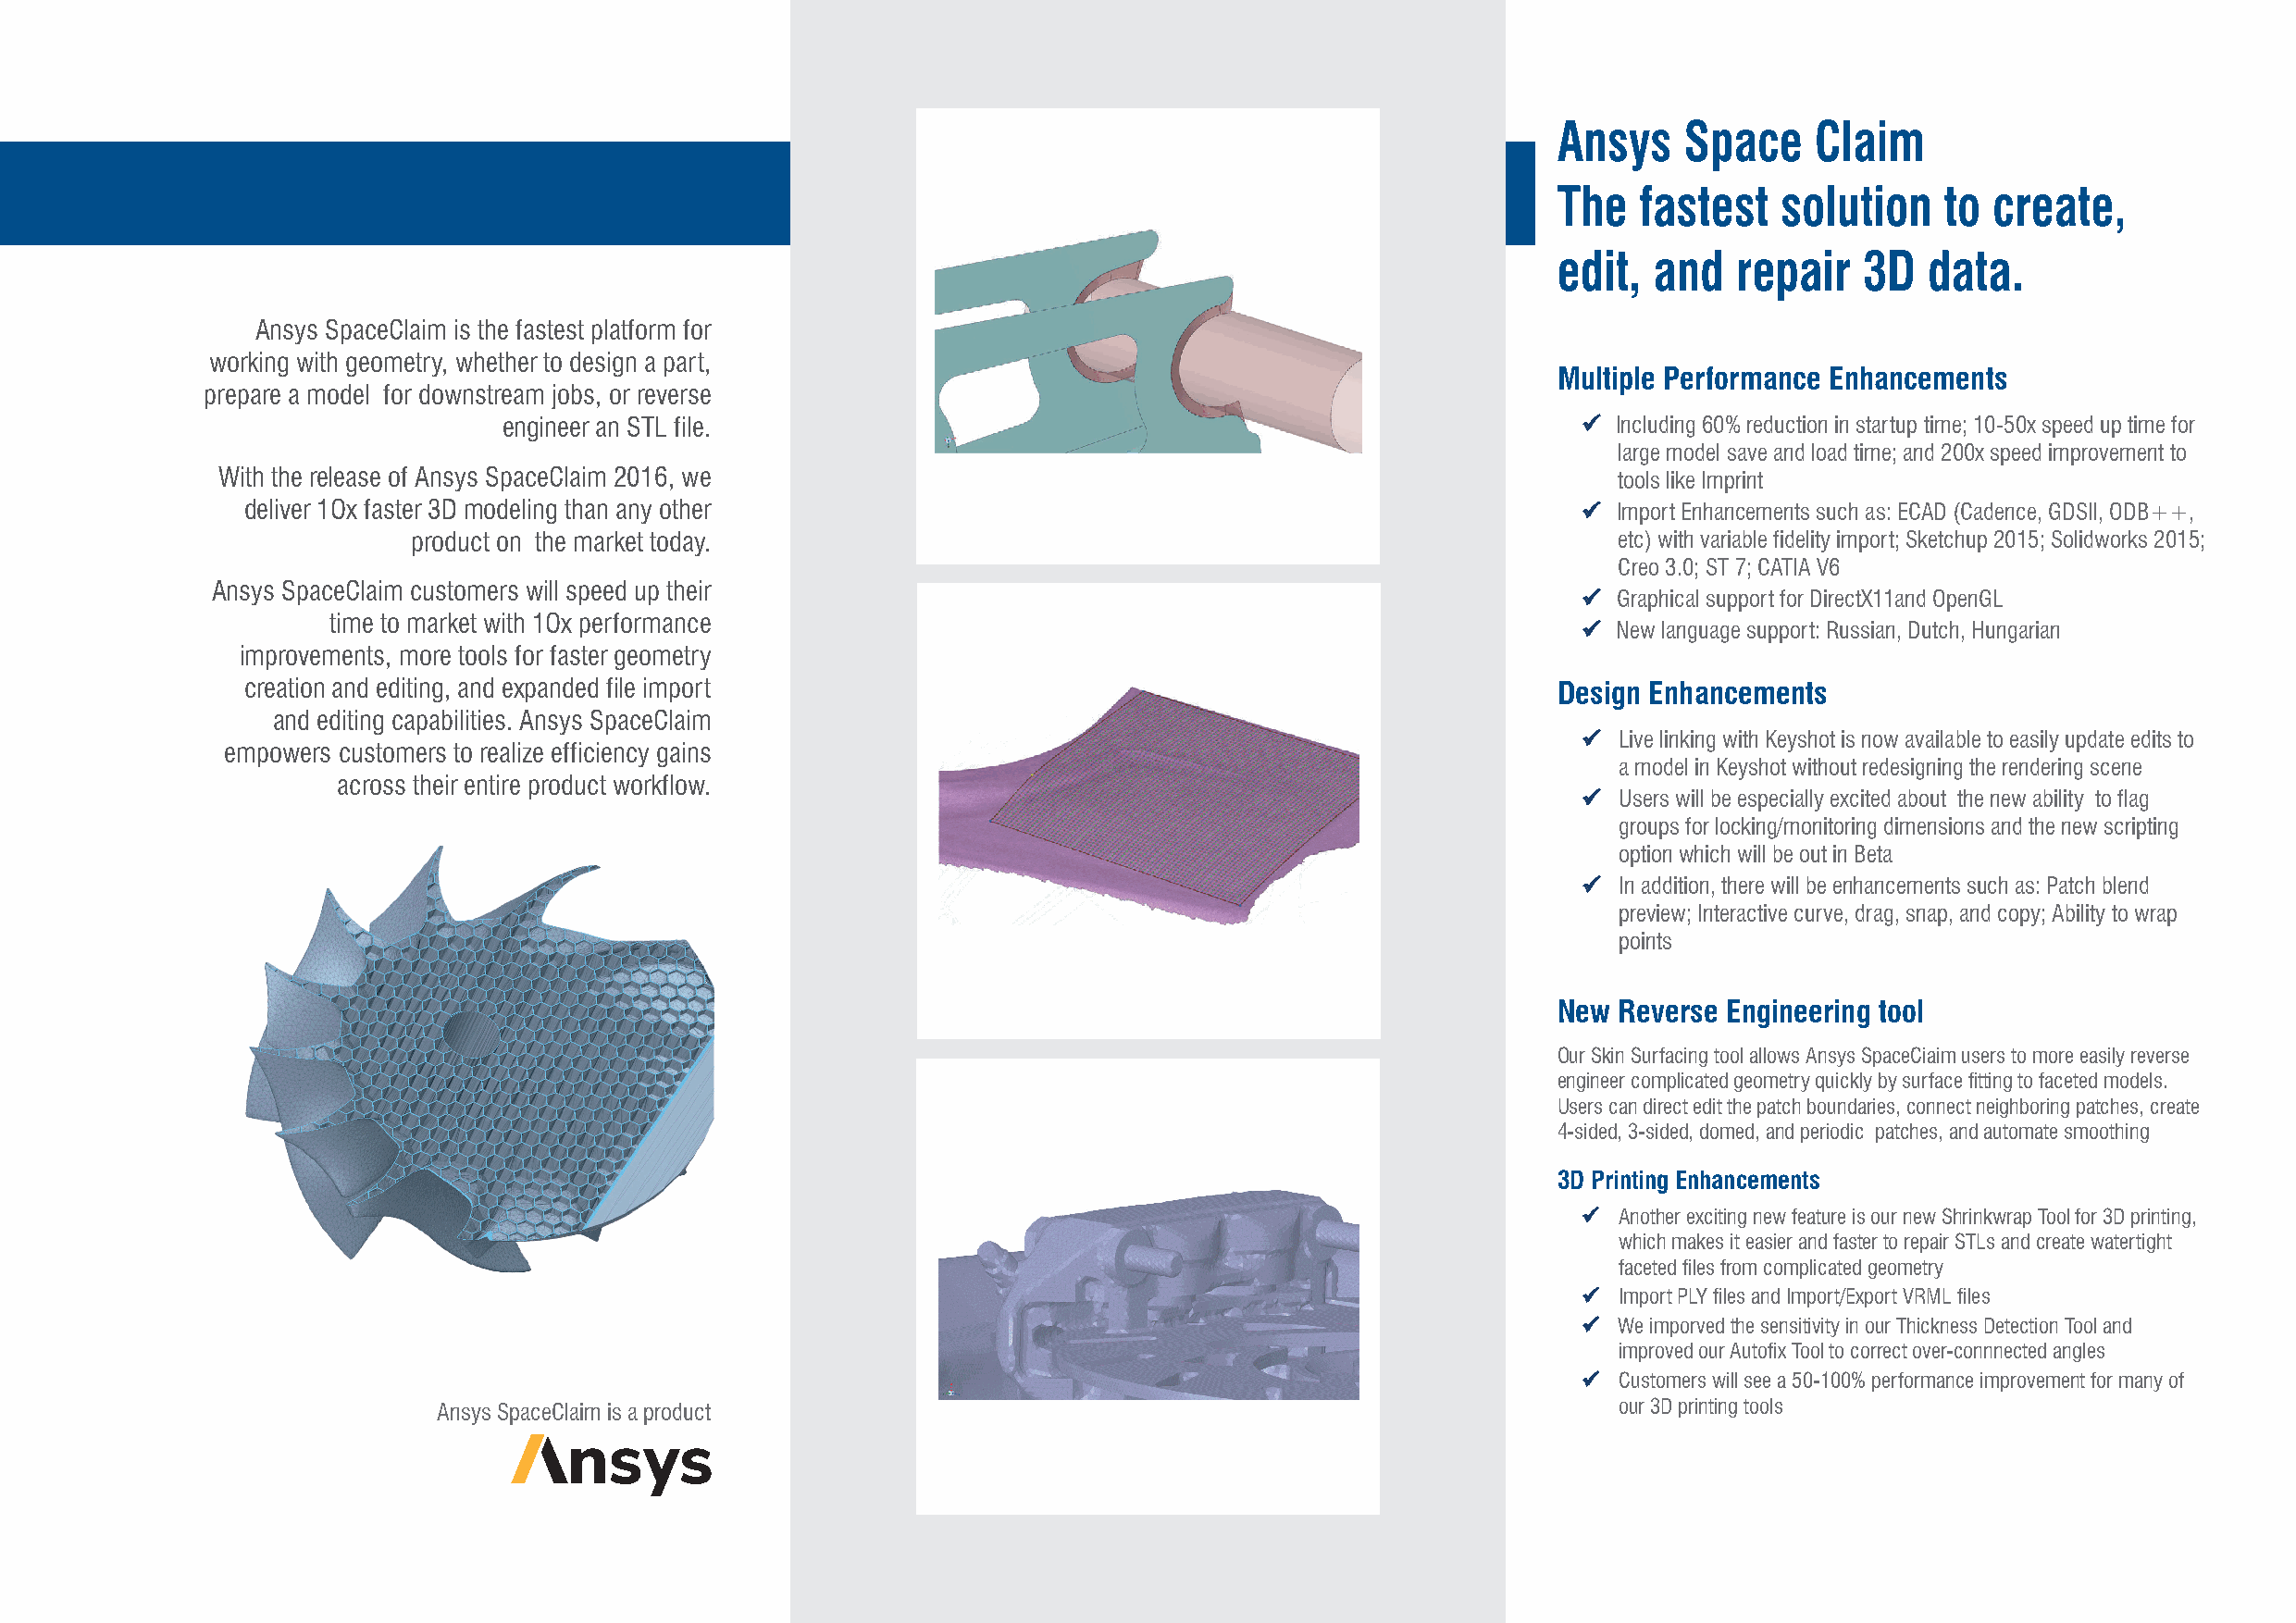
Ansys    Space     Claim
 The   fastest   solution    to  create,
 edit,  and   repair   3D   data.
 Ansys SpaceClaim is the fastest platform for
 working with geometry, whether to design a part,
 Multiple Performance Enhancements
 prepare a model for downstream jobs, or reverse
 engineer an STL file.                                                          lncluding 60% reduction in startup time; 10-50x speed up time for
 large model save and load time; and 200x speed improvement to
 With the release of Ansys SpaceClaim 2016, we                                                       tools like Imprint
 deliver 1Ox faster 3D modeling than any other                                                     Import Enhancements such as: ECAD (Cadence, GDSII, ODB++,
 product on the market today.                                                           etc) with variable fidelity import; Sketchup 2015; Solidworks 2015;
 Creo 3.0; ST 7; CATIA V6
 Ansys SpaceClaim customers will speed up their
   Graphical support for DirectX11and OpenGL
 time to market with 1Ox performance
   New language support: Russian, Dutch, Hungarian
 improvements, more tools for faster geometry
 creation and editing, and expanded file import                                                Design Enhancements
 and editing capabilities. Ansys SpaceClaim
   Live linking with Keyshot is now available to easily update edits to
 empowers customers to realize efficiency gains
 a model in Keyshot without redesigning the rendering scene
 across their entire product workflow.
   Users will be especially excited about the new ability to flag
 groups for locking/monitoring dimensions and the new scripting
 option which will be out in Beta
   In addition, there will be enhancements such as: Patch blend
 preview; Interactive curve, drag, snap, and copy; Ability to wrap
 points
 New  Reverse Engineering tool
 Our Skin Surfacing tool allows Ansys SpaceCiaim users to more easily reverse
 engineer complicated geometry quickly by surface fitting to faceted models.
 Users can direct edit the patch boundaries, connect neighboring patches, create
 4-sided, 3-sided, domed, and periodic patches, and automate smoothing
 3D Printing Enhancements
   Another exciting new feature is our new Shrinkwrap Tool for 3D printing,
 which makes it easier and faster to repair STLs and create watertight
 faceted files from complicated geometry
   Import PLY files and Import/Export VRML files
   We imporved the sensitivity in our Thickness Detection Tool and
 improved our Autofix Tool to correct over-connnected angles
   Customers will see a 50-100% performance improvement for many of
 Ansys SpaceClaim is a product                                                        our 3D printing tools